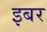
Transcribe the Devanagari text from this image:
इबर